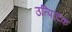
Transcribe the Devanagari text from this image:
उत्पािदक